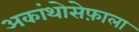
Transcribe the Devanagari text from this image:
अकांथोसेफ़ाला